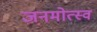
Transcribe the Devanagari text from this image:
जनमोत्स्व